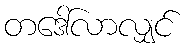
တဒေါ်လာလျှင်